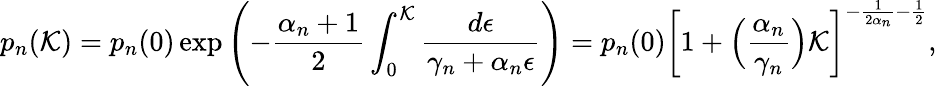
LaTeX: p_{n}(\mathcal{K})=p_{n}(0)\exp\left(-\frac{\alpha_{n}+1}{2}\int_{0}^{\mathcal{K}}\frac{d\epsilon}{\gamma_{n}+\alpha_{n}\epsilon}\right)=p_{n}(0)\left[1+\Big(\frac{\alpha_{n}}{\gamma_{n}}\Big)\mathcal{K}\right]^{-\frac{1}{2\alpha_{n}}-\frac{1}{2}},